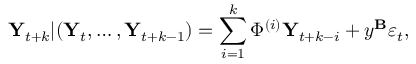
\mathbf { Y } _ { t + k } | ( \mathbf { Y } _ { t } , \dots , \mathbf { Y } _ { t + k - 1 } ) = \sum _ { i = 1 } ^ { k } \Phi ^ { ( i ) } \mathbf { Y } _ { t + k - i } + y ^ { \mathbf { B } } \boldsymbol { \varepsilon } _ { t } ,